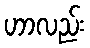
ဟာလည်း